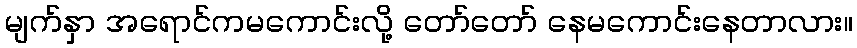
မျက်နှာ အရောင်ကမကောင်းလို့ တော်တော် နေမကောင်းနေတာလား။